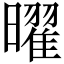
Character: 曜